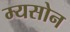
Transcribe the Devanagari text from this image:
म्यसोन